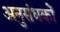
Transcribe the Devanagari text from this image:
अनुसंधकों